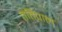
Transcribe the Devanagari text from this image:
तंतिपाल